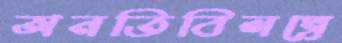
অনতিবিলম্বে